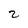
Character: 2